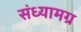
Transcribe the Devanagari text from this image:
संध्यामग्र